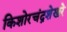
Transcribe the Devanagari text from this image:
किशोरचंद्रशेखरे